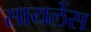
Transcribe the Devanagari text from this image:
सायलेंस